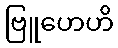
ဗြူဟေဟိ